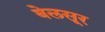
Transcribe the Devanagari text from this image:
बेलसूर